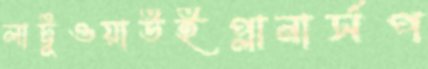
লাট্টুওয়াউইপ্লানার্সপ